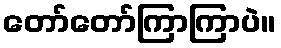
တော်တော်ကြာကြာပဲ။